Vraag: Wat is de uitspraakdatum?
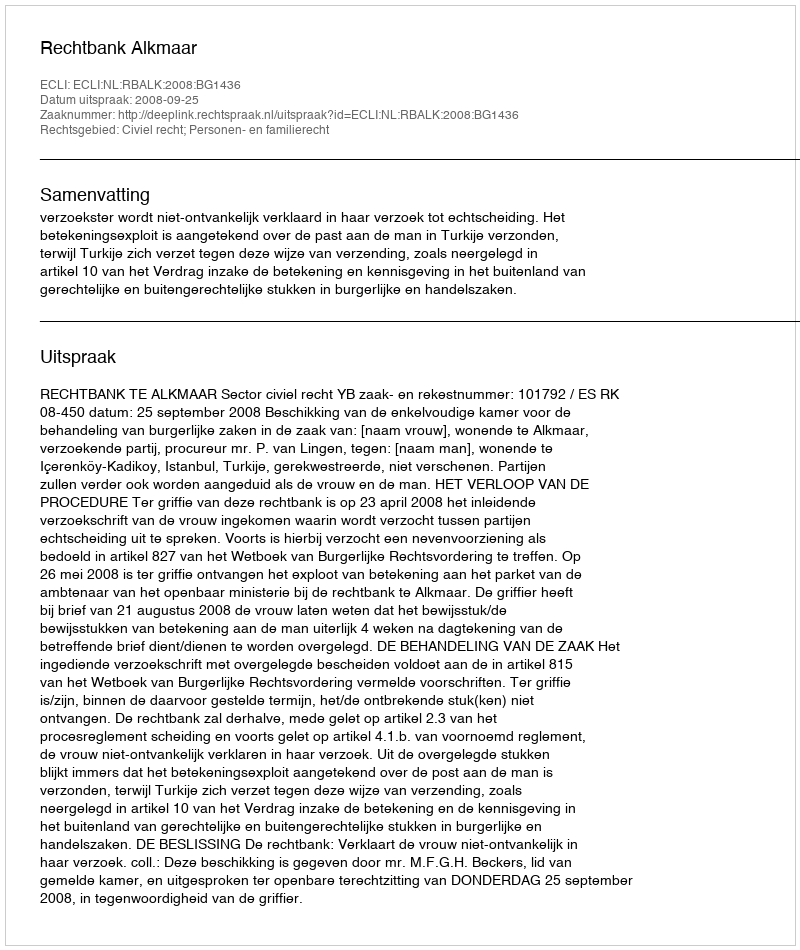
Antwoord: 2008-09-25